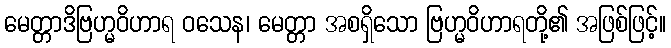
မေတ္တာဒိဗြဟ္မဝိဟာရ ဝသေန၊ မေတ္တာ အစရှိသော ဗြဟ္မဝိဟာရတို့၏ အဖြစ်ဖြင့်။